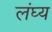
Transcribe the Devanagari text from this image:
लंघ्य